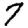
Digit: 7